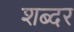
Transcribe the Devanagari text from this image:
शब्दर